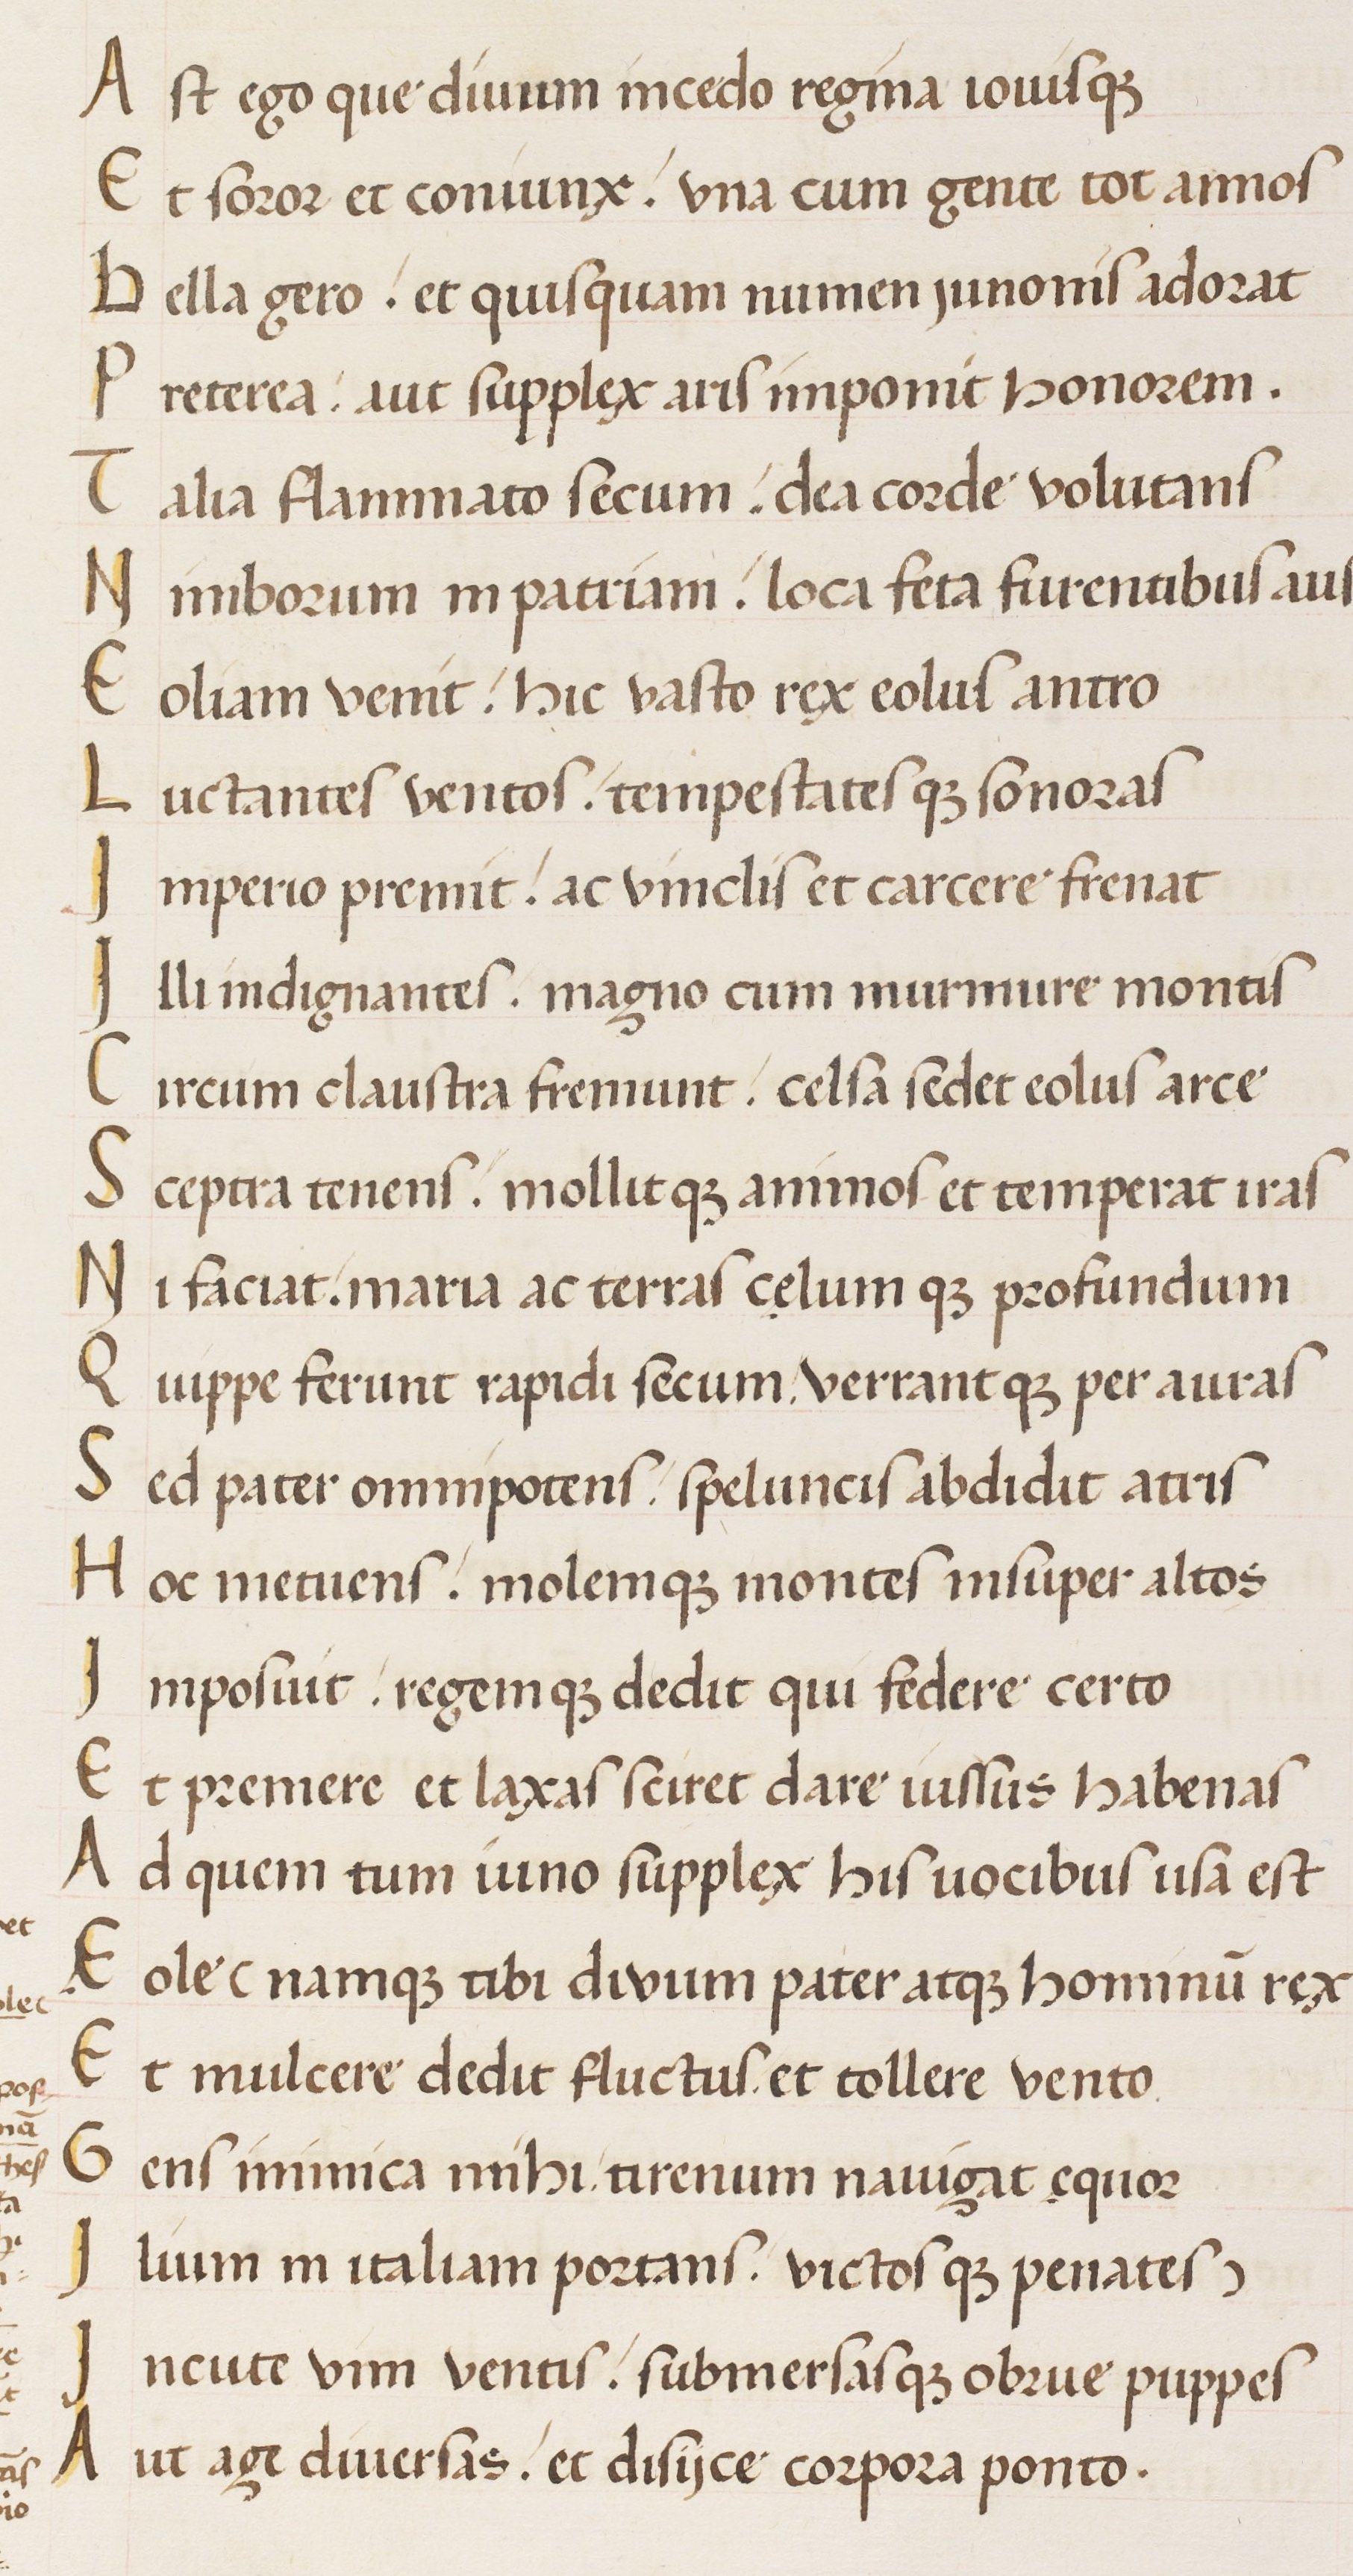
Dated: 1450–1474